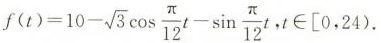
$$f ( t ) = 10 - \sqrt { 3 } \cos \frac { \pi } { 12 } t - \sin \frac { \pi } { 1 2 } t$$，$$t \in [ 0 . 2 4 )$$.